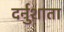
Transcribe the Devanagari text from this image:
दर्नुशाता